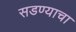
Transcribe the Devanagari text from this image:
सडण्याचा